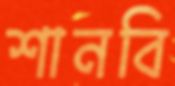
শানবি